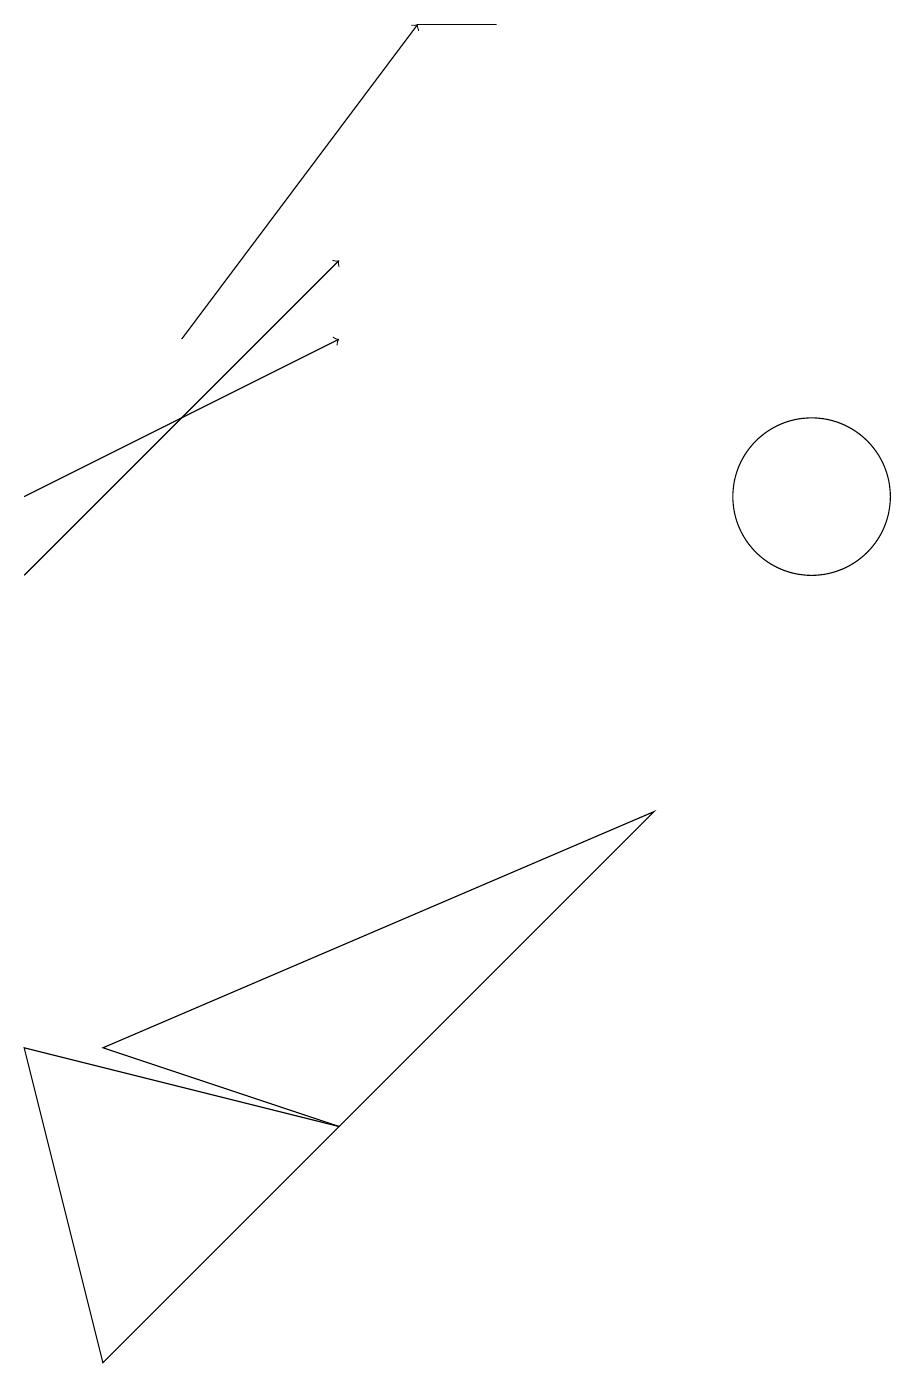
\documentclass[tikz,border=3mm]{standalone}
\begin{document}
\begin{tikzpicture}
\draw[->] (1,11) -- (5,13);
\draw[->] (3,13) -- (6,17);
\draw (11,11) circle (1);
\draw (9,7) -- (5,3) -- (2,4) -- cycle;
\draw (5,3) -- (1,4) -- (2,0) -- cycle;
\draw (7,17) rectangle (6,17);
\draw[->] (1,10) -- (5,14);
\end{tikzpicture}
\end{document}